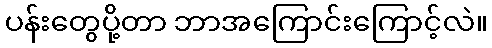
ပန်းတွေပို့တာ ဘာအကြောင်းကြောင့်လဲ။